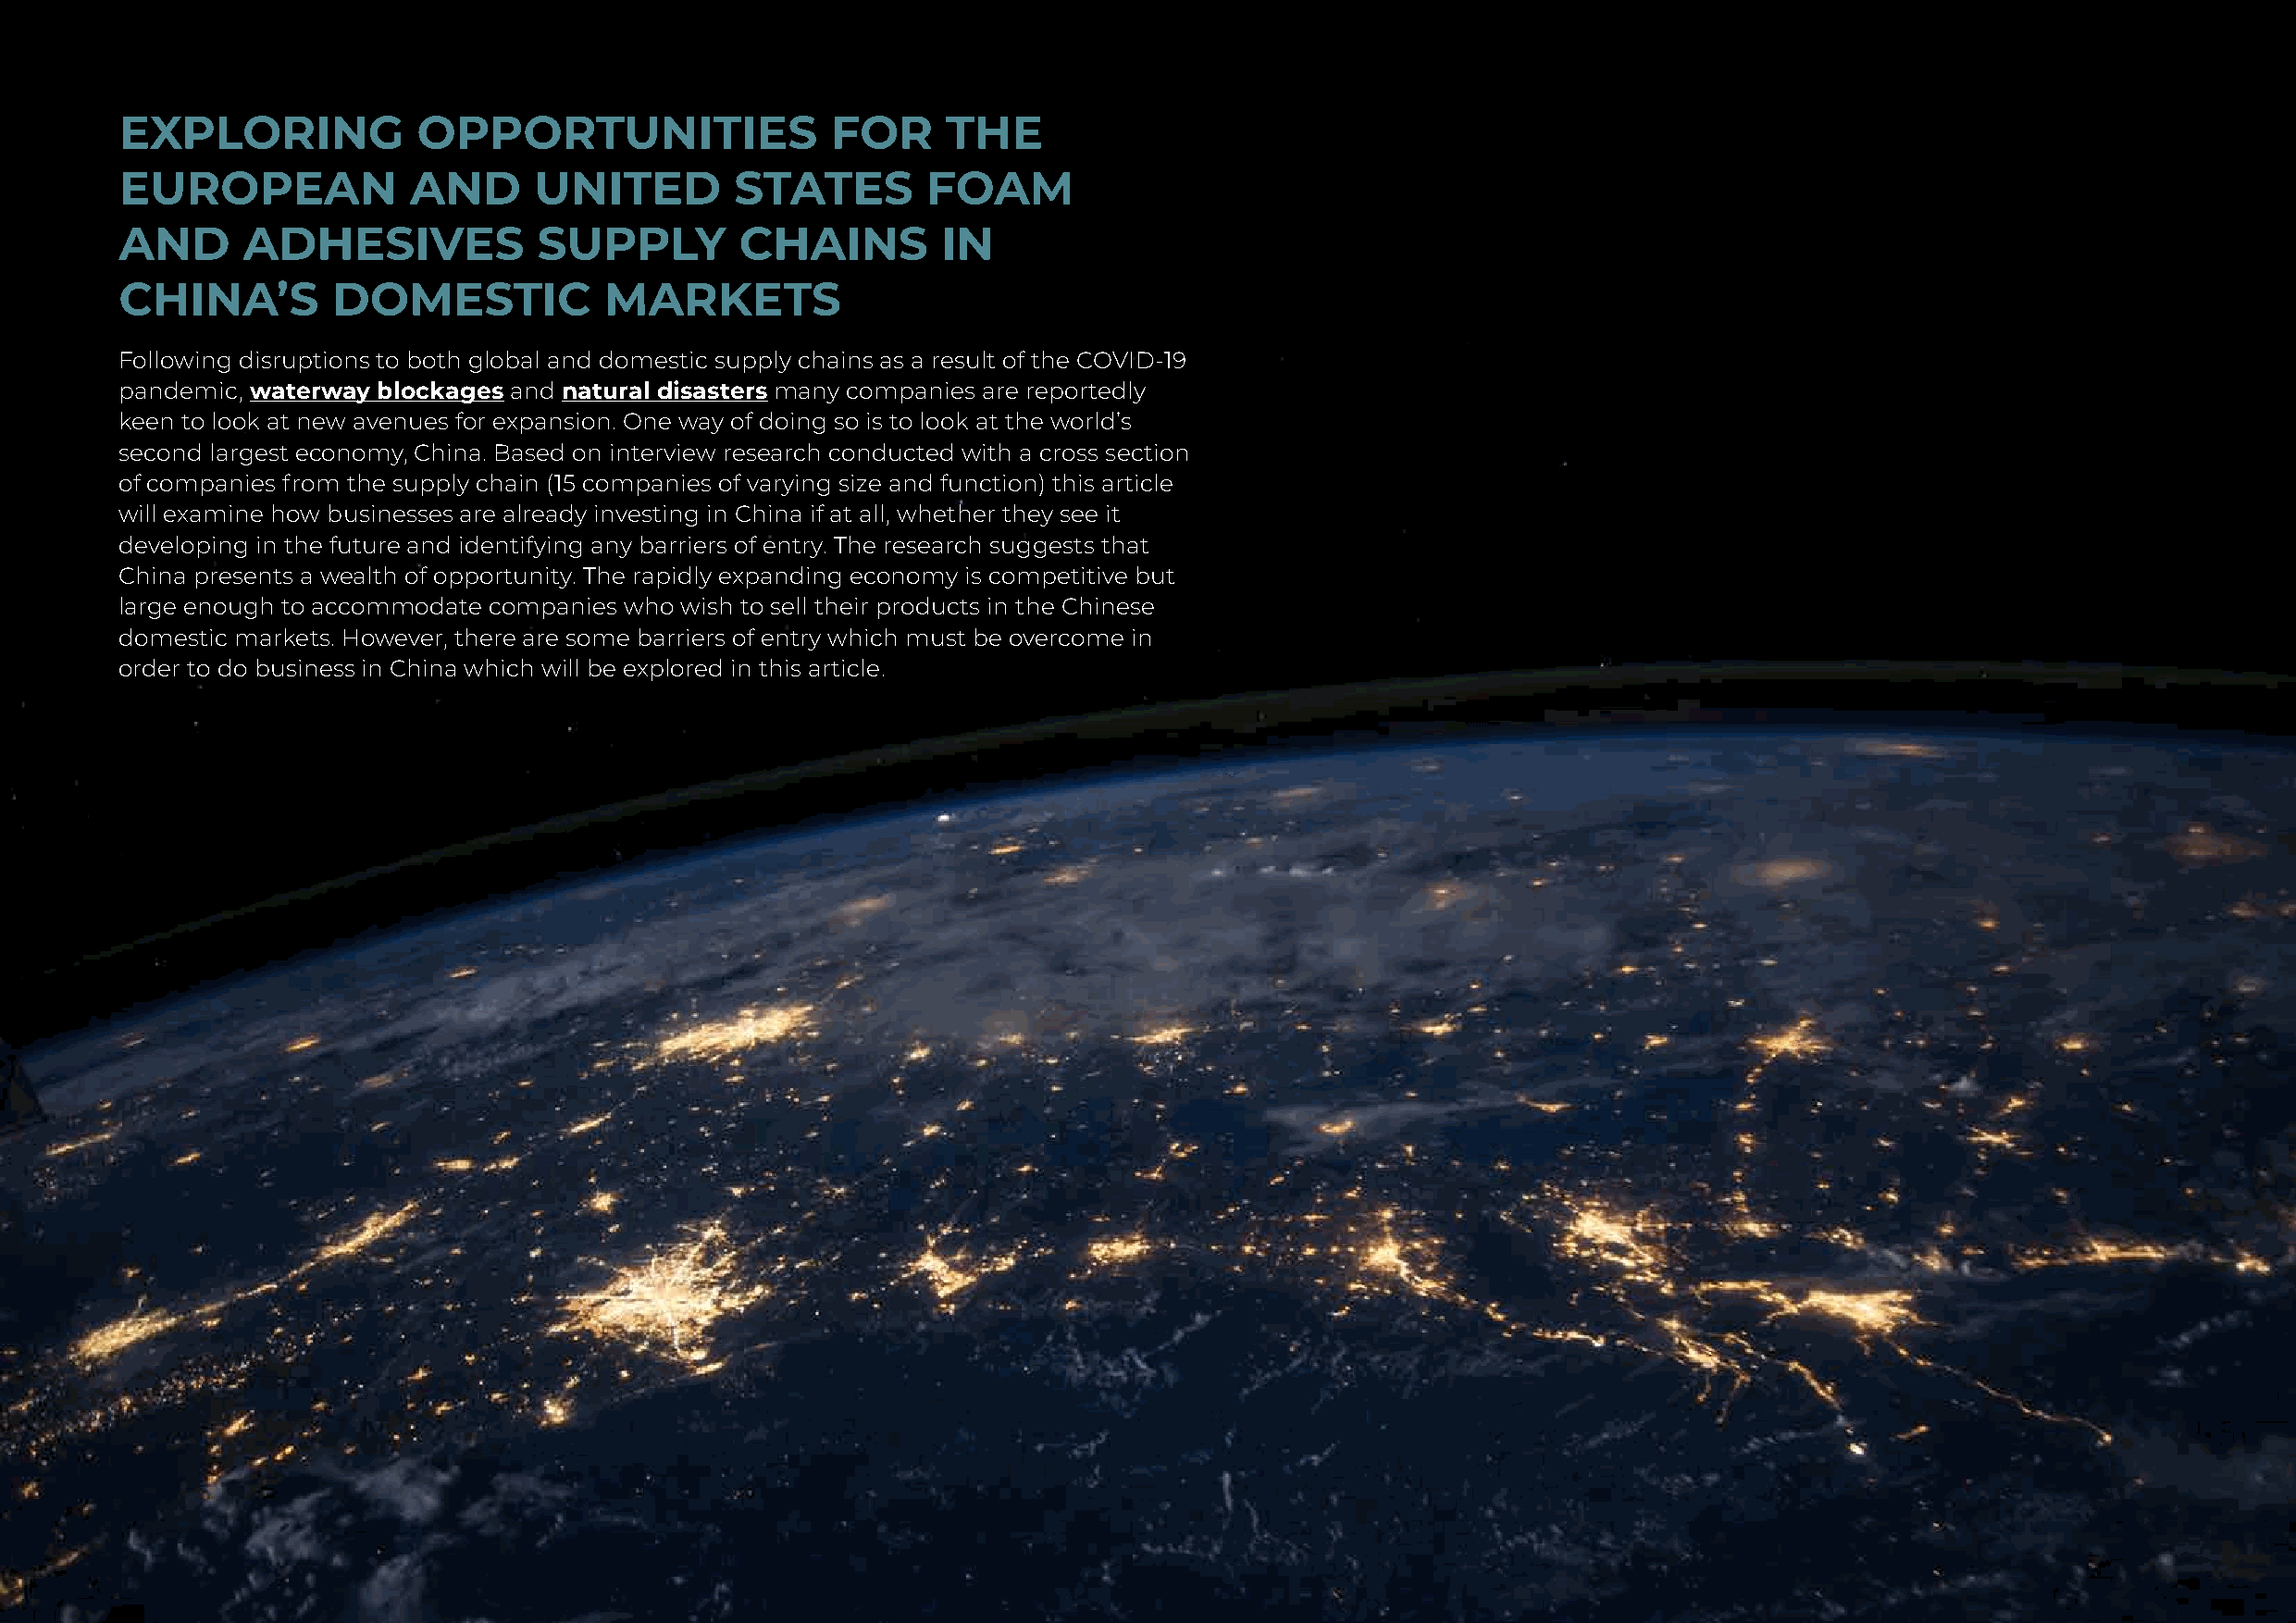
EXPLORING            OPPORTUNITIES                FOR      THE
 EUROPEAN            AND      UNITED         STATES       FOAM
 AND     ADHESIVES            SUPPLY         CHAINS        IN
 CHINA’S        DOMESTIC           MARKETS
 Following disruptions to both global and domestic supply chains as a result of the COVID-19
 pandemic, waterway blockages and natural disasters many companies are reportedly
 keen to look at new avenues for expansion. One way of doing so is to look at the world’s
 second largest economy, China. Based on interview research conducted with a cross section
 of companies from the supply chain (15 companies of varying size and function) this article
 will examine how businesses are already investing in China if at all, whether they see it
 developing in the future and identifying any barriers of entry. The research suggests that
 China presents a wealth of opportunity. The rapidly expanding economy is competitive but
 large enough to accommodate companies who wish to sell their products in the Chinese
 domestic markets. However, there are some barriers of entry which must be overcome in
 order to do business in China which will be explored in this article.